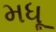
મધૂ